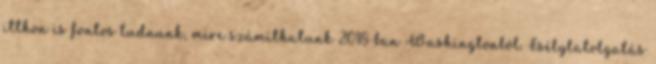
itthon is fontos tudnunk, mire számíthatunk 2018-ban Washingtonból. Esélylatolgatás